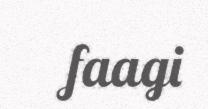
faagi